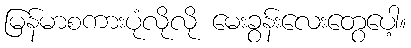
မြန်မာစကားပုံလိုလို မေးခွန်းလေးတွေပေါ့။